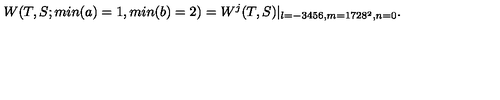
W ( T , S ; m i n ( a ) = 1 , m i n ( b ) = 2 ) = W ^ { j } ( T , S ) | _ { l = - 3 4 5 6 , m = 1 7 2 8 ^ { 2 } , n = 0 } .